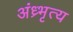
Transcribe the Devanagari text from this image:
अंध्र्भृत्य